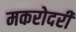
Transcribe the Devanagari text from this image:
मकरोदरी